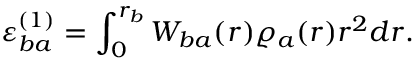
\varepsilon _ { b a } ^ { ( 1 ) } = \int _ { 0 } ^ { r _ { b } } W _ { b a } ( r ) \varrho _ { a } ( r ) r ^ { 2 } d r .